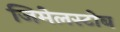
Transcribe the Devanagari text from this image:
जिमेलस्टोब